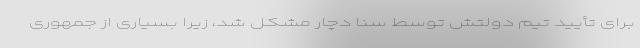
برای تأیید تیم دولتش توسط سنا دچار مشکل شد، زیرا بسیاری از جمهوری